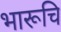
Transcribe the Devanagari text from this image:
भारूचि